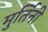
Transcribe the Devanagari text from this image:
मुर्तिनी